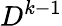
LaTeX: D^{k-1}